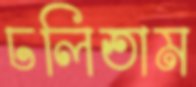
ঢলিতাম